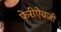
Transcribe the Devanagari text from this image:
फेरीऐवजी